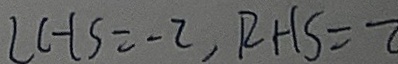
L H S = - 2 , R H S = 2